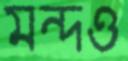
মন্দও